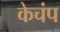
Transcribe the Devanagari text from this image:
केचंप